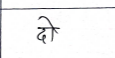
मजकूर: दो